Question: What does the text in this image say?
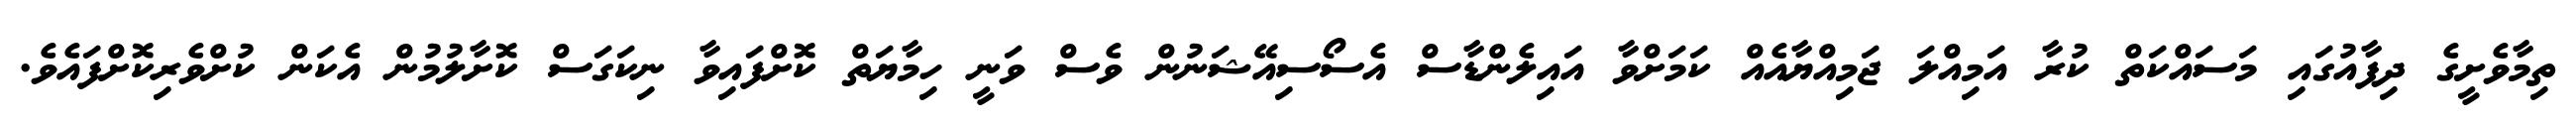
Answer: ތިމާވެށީގެ ދިފާއުގައި މަސައްކަތް ކުރާ އަމިއްލަ ޖަމިއްޔާއެއް ކަމަށްވާ އައިލެންޑާސް އެސޯސިއޭޝަނުން ވެސް ވަނީ ހިމާޔަތް ކޮށްފައިވާ ނިކަގަސް ކޮށާލުމުން އެކަން ކުށްވެރިކޮށްފައެވެ.